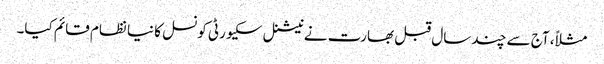
مثلاً، آج سے چند سال قبل بھارت نے نیشنل سکیورٹی کونسل کا نیا نظام قائم کیا۔